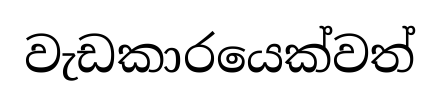
වැඩකාරයෙක්වත්